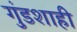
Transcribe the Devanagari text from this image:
गुंडशाही